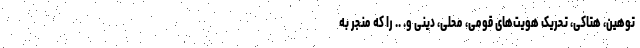
توهین، هتاکی، تحریک هویت‌های قومی، محلی، دینی و. .. را که منجر به